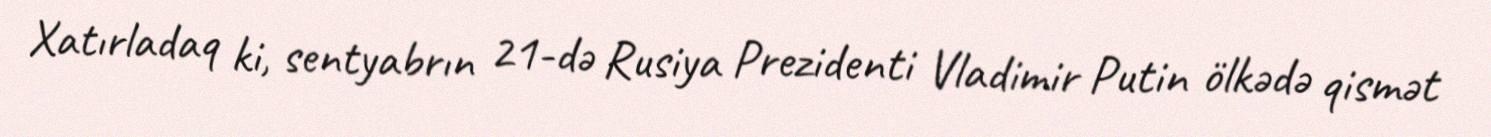
Xatırladaq ki, sentyabrın 21-də Rusiya Prezidenti Vladimir Putin ölkədə qismət